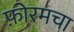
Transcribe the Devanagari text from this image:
फ़ोरमचा